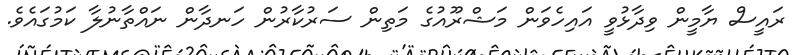
ރައީސް ޔާމީން ވިދާޅުވީ އައިހެވަން މަޝްރޫއުގެ މަތިން ސަރުކާރުން ހަނދާން ނައްތާނުލާ ކަމުގައެވެ.